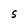
Character: S